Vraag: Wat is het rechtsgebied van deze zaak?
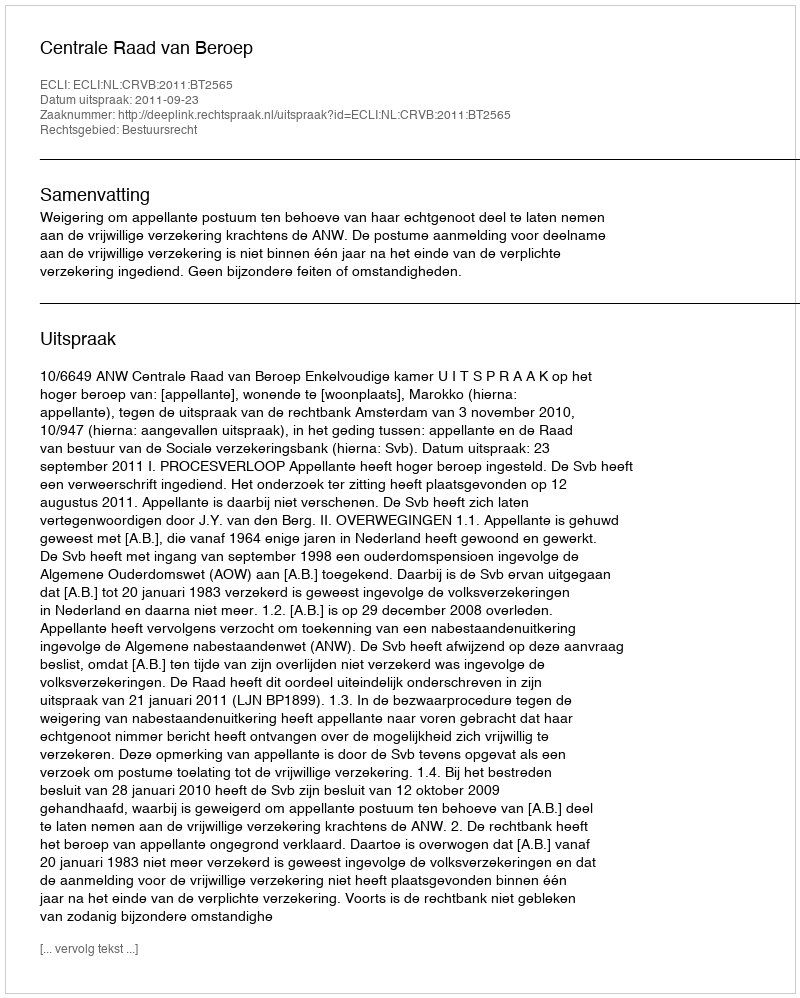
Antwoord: Bestuursrecht